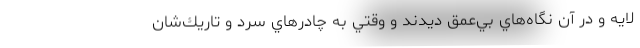
لايه و در آن نگاه‌هاي بي‌عمق ديدند و وقتي به چادرهاي سرد و تاريك‌شان